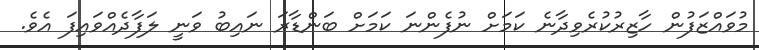
މުވައްޒަފުން ހާޒިރުކުރެވިދާނެ ކަމަށް ނުފެންނަ ކަމަށް ބަންޑާރަ ނައިބު ވަނީ ލަފާދެއްވައިފަ އެވެ.